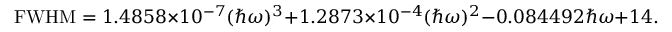
\mathrm { F W H M } = 1 . 4 8 5 8 \times 1 0 ^ { - 7 } ( \hslash \omega ) ^ { 3 } + 1 . 2 8 7 3 \times 1 0 ^ { - 4 } ( \hslash \omega ) ^ { 2 } - 0 . 0 8 4 4 9 2 \hslash \omega + 1 4 . 3 2 4